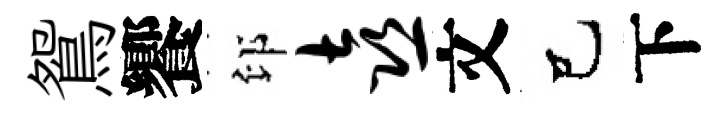
鴛饗印喜文己下